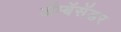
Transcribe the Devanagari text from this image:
ॲम्बॅसॅडर